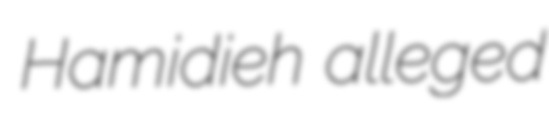
Hamidieh alleged